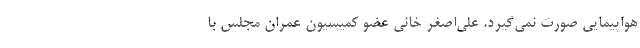
هواپیمایی صورت نمی‌گیرد. علی‌اصغر خانی عضو کمیسیون عمران مجلس با